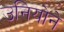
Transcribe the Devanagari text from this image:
उनियोने